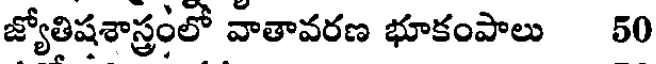
జ్యోతిషశాస్త్రంలో వాతావరణ భూకంపాలు 50